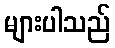
များပါသည်